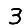
Digit: 3